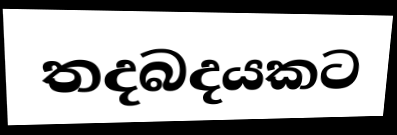
තදබදයකට